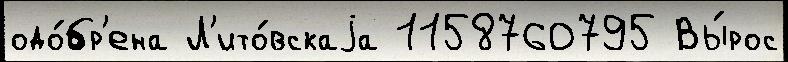
одо́бр'ена Л'ито́вскаjа 1158760795 Вы́рос